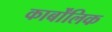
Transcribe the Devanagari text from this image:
कार्बोंलिक